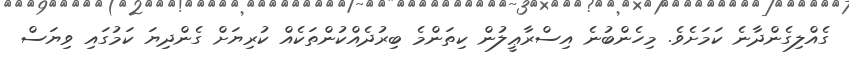
ގެއްލިގެންދާނެ ކަމަށެވެ. މިހެންބުނެ އިސްރާޢީލުން ކިތަންމެ ބިރުދެއްކުންތަކެއް ކުރިޔަށް ގެންދިޔަ ކަމުގައި ވިޔަސް